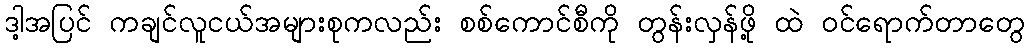
ဒါ့အပြင် ကချင်လူငယ်အများစုကလည်း စစ်ကောင်စီကို တွန်းလှန်ဖို့ ထဲ ဝင်ရောက်တာတွေ